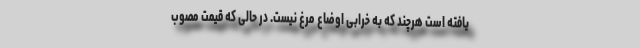
یافته است هرچند که به خرابی اوضاع مرغ نیست. در حالی که قیمت مصوب